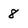
Character: 8